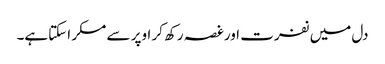
دل میں نفرت اورغصہ رکھ کر اوپر سے مسکر اسکتاہے۔